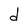
Character: d